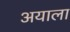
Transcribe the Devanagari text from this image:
अयाला